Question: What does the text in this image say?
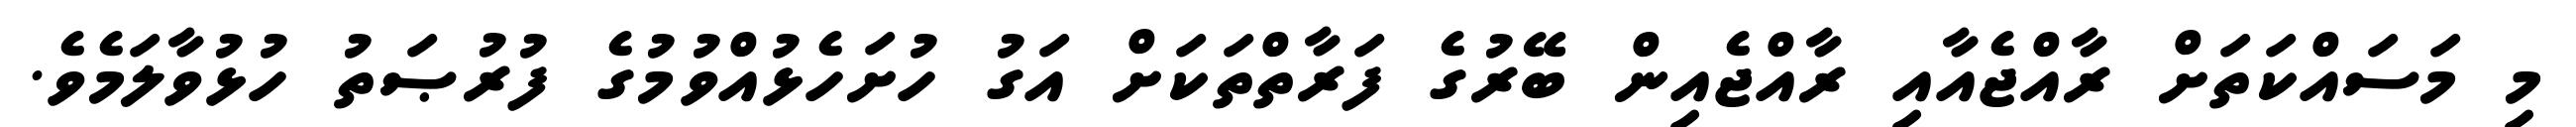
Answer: މި މަސައްކަތަށް ރާއްޖެއާއި ރާއްޖެއިން ބޭރުގެ ފަރާތްތަކަށް އަގު ހުށަހެޅުއްވުމުގެ ފުރުޞަތު ހުޅުވާލަމެވެ.